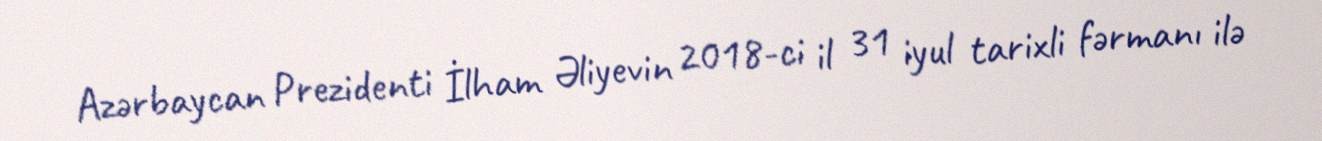
Azərbaycan Prezidenti İlham Əliyevin 2018-ci il 31 iyul tarixli fərmanı ilə